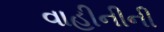
વાહીનીની